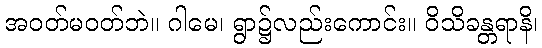
အဝတ်မဝတ်ဘဲ။ ဂါမေ၊ ရွာ၌လည်းကောင်း။ ဝိသိခန္တရာနိ၊